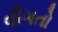
વીગતો